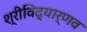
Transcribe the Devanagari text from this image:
श्रीविद्यार्णव